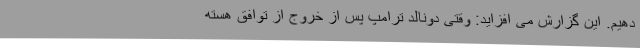
دهیم. این گزارش می افزاید: وقتی دونالد ترامپ پس از خروج از توافق هسته